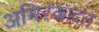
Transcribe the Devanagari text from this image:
अमिरकादल